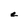
Character: e